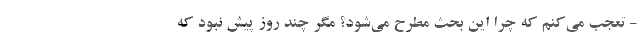
- تعجب می‌کنم که چرا این بحث مطرح می‌شود؟ مگر چند روز پیش نبود که